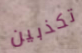
تكذبين